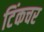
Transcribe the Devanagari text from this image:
टिंकचर